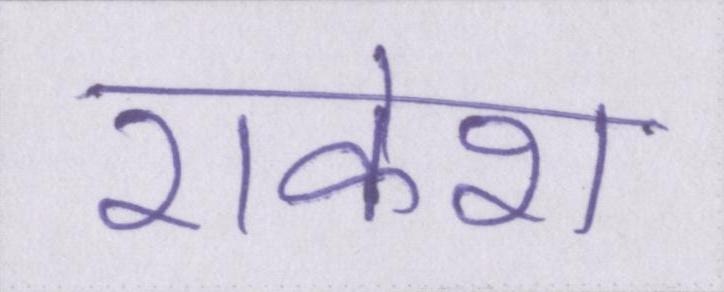
राकेश